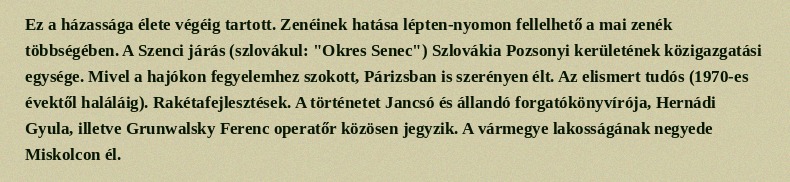
Ez a házassága élete végéig tartott. Zenéinek hatása lépten-nyomon fellelhető a mai zenék többségében. A Szenci járás (szlovákul: "Okres Senec") Szlovákia Pozsonyi kerületének közigazgatási egysége. Mivel a hajókon fegyelemhez szokott, Párizsban is szerényen élt. Az elismert tudós (1970-es évektől haláláig). Rakétafejlesztések. A történetet Jancsó és állandó forgatókönyvírója, Hernádi Gyula, illetve Grunwalsky Ferenc operatőr közösen jegyzik. A vármegye lakosságának negyede Miskolcon él.